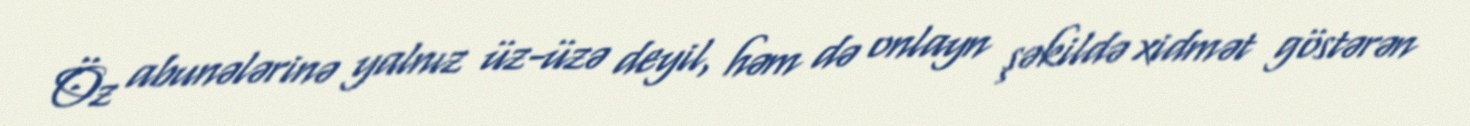
Öz abunələrinə yalnız üz-üzə deyil, həm də onlayn şəkildə xidmət göstərən